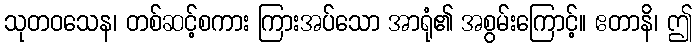
သုတဝသေန၊ တစ်ဆင့်စကား ကြားအပ်သော အာရုံ၏ အစွမ်းကြောင့်။ ဧတာနိ၊ ဤ